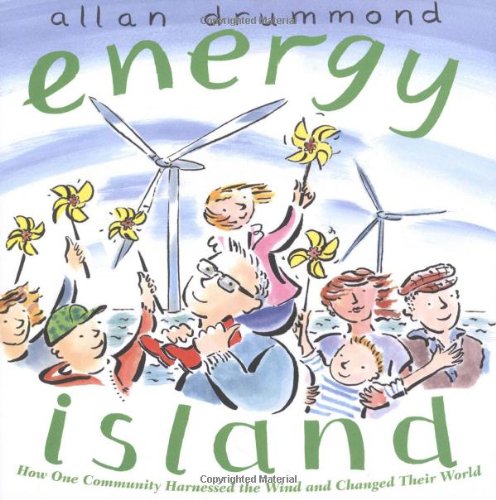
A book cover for Energy Island: How one community harnessed the wind and changed their world; Allan Drummond; Children's Books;